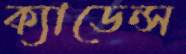
ক্যাডেন্স